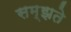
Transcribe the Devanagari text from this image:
सम्झते